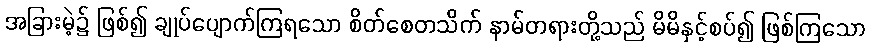
အခြားမဲ့၌ ဖြစ်၍ ချုပ်ပျောက်ကြရသော စိတ်စေတသိက် နာမ်တရားတို့သည် မိမိနှင့်စပ်၍ ဖြစ်ကြသော